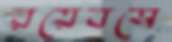
রয়েবসে